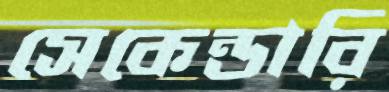
সেকেন্ডারি